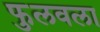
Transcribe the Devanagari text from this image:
फुलवला